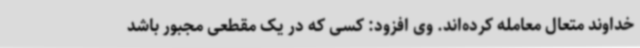
خداوند متعال معامله کرده‌اند. وی افزود: کسی که در یک مقطعی مجبور باشد